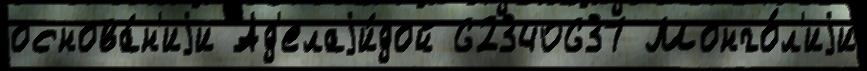
основа́н'иjи Ад'елаjи́дой 62340637 Монго́л'иjи